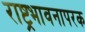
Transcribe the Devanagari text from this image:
राष्ट्रभावनापरक